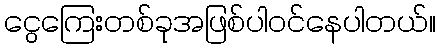
ငွေကြေးတစ်ခုအဖြစ်ပါဝင်နေပါတယ်။